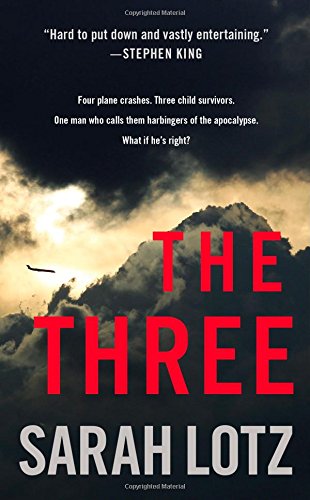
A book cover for The Three: A Novel; Sarah Lotz; Science Fiction & Fantasy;